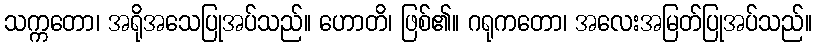
သက္ကတော၊ အရိုအသေပြုအပ်သည်။ ဟောတိ၊ ဖြစ်၏။ ဂရုကတော၊ အလေးအမြတ်ပြုအပ်သည်။